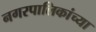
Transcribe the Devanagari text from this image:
नगरपालिकांच्या